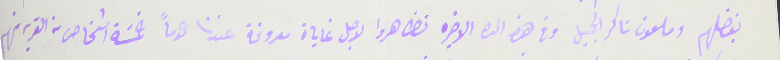
بفضلهم وملعون ناكر الجميل وفى هذه المدة الاخيره تظاهروا لاجل غاياة معروفة عندنا عموماً خمسَة اشخاص من القرية منهم